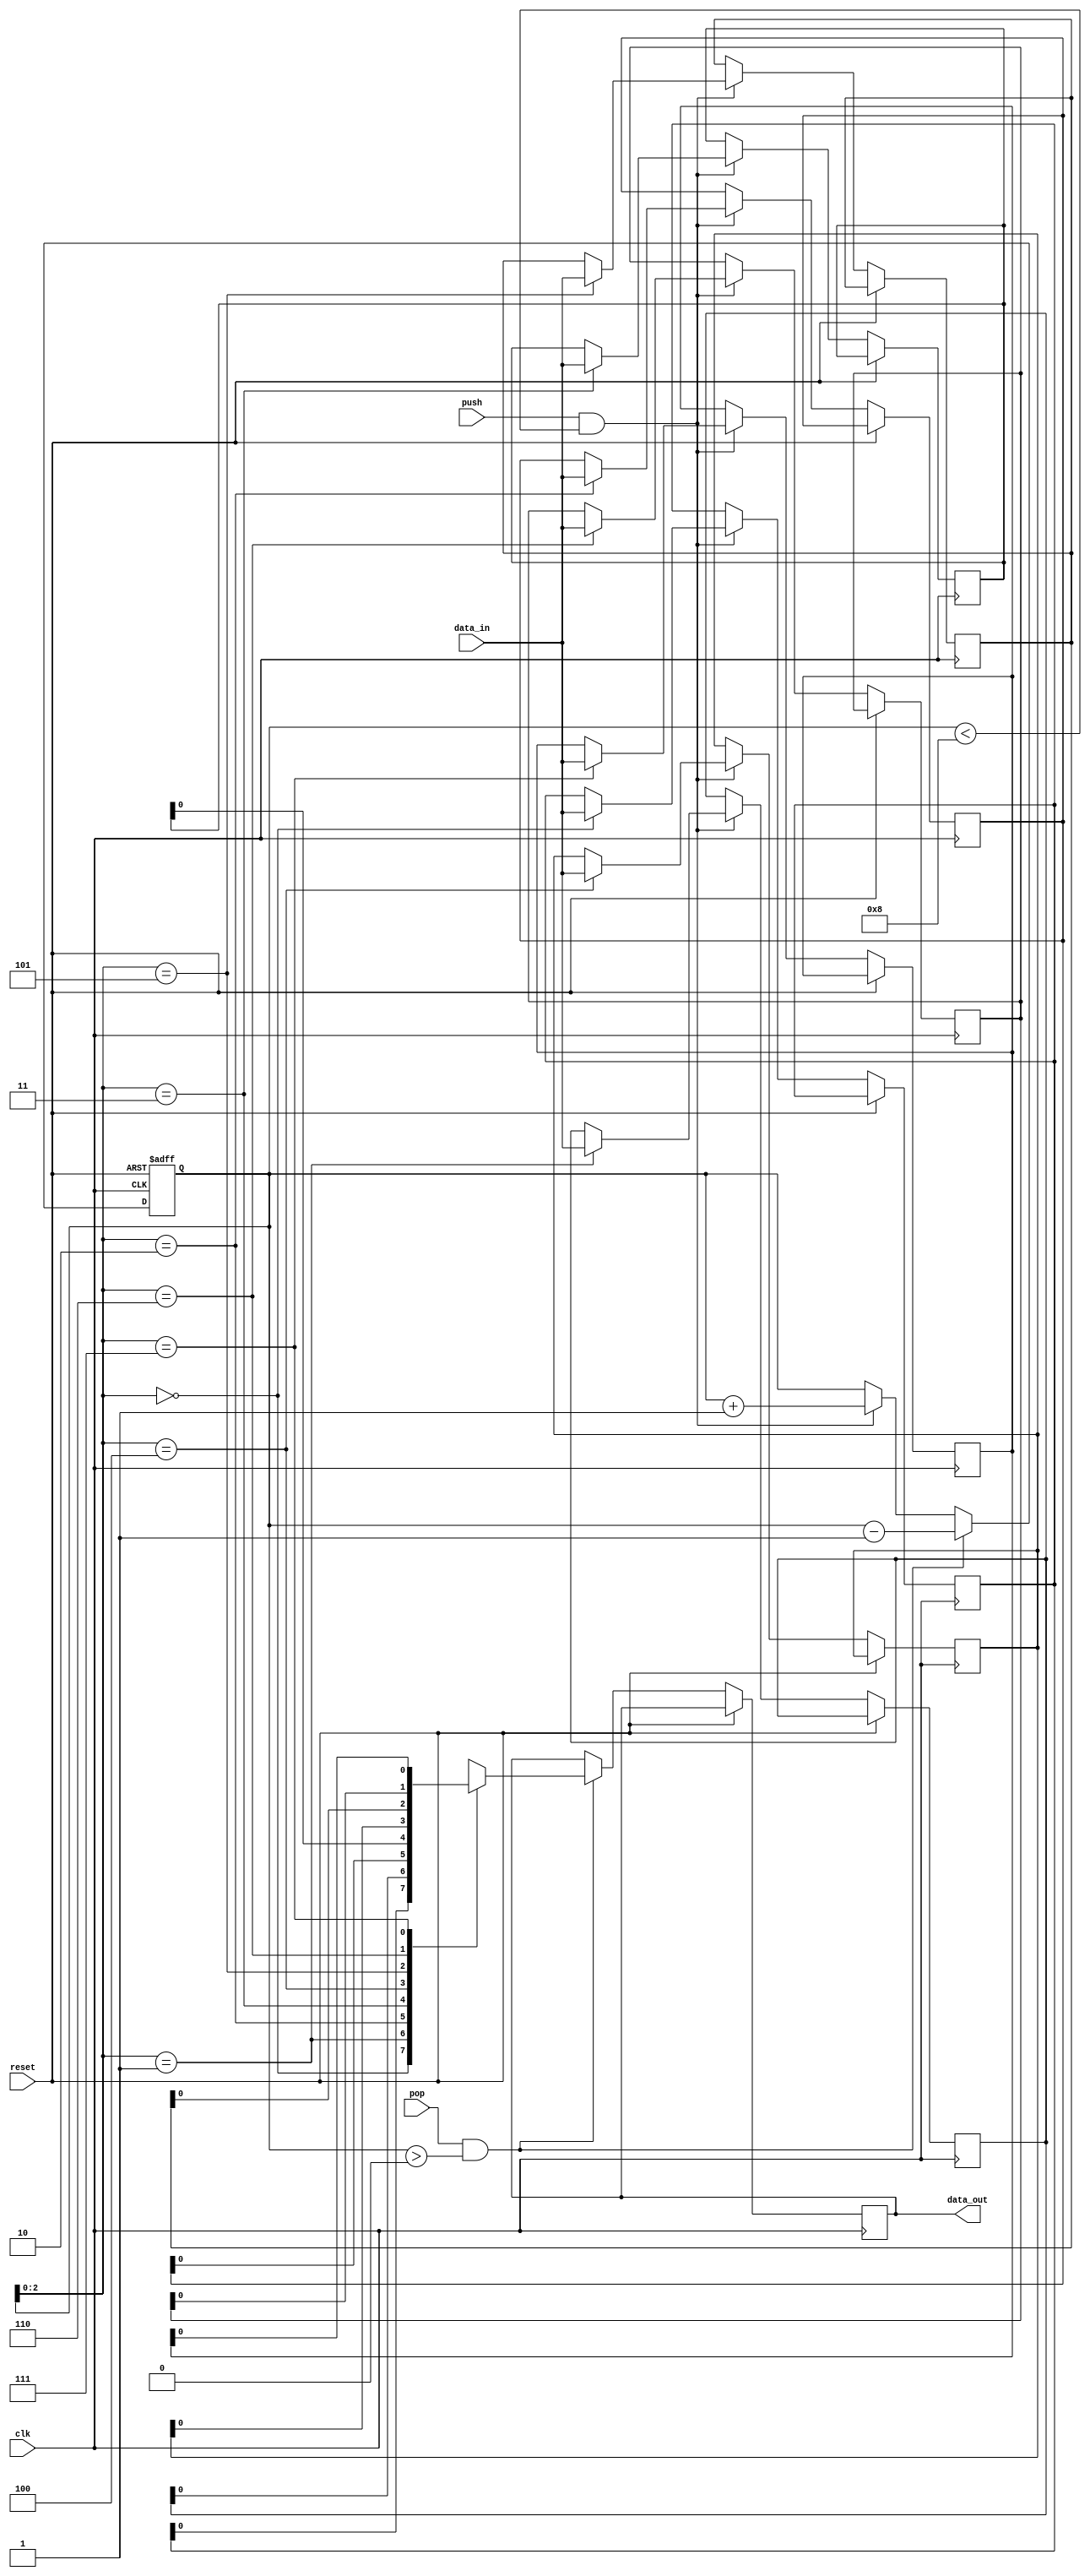
module lifo_stack (
    input wire clk,
    input wire reset,
    input wire push,
    input wire pop,
    output reg data_out,
    input wire [7:0] data_in
);

reg [7:0] stack [7:0]; // Stack size of 8 with 8-bit data
reg [3:0] top; // Pointer to the top of the stack

always @ (posedge clk or posedge reset)
begin
    if (reset)
    begin
        top <= 4'b0000; // Reset top to 0
    end
    else
    begin
        if (push && top < 4'b1000) // Push operation
        begin
            stack[top] <= data_in;
            top <= top + 1;
        end
        if (pop && top > 4'b0000) // Pop operation
        begin
            data_out <= stack[top];
            top <= top - 1;
        end
    end
end

endmodule